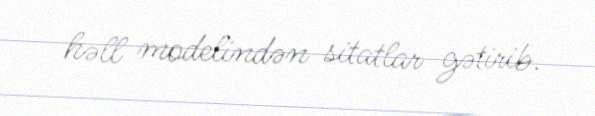
həll modelindən sitatlar gətirib.